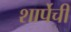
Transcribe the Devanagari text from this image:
शार्पेची